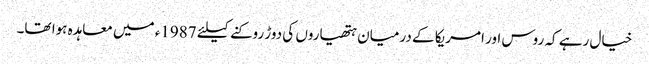
خیال رہے کہ روس اور امریکا کے درمیان ہتھیاروں کی دوڑ روکنے کیلئے 1987ء میں معاہدہ ہوا تھا۔